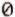
0